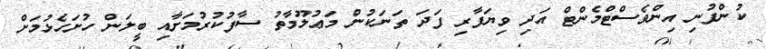
ކުންފުނި އިންވެސްޓްމެންޓް އަދި ވިޔަފާރި ފަދަ ތަނަކުން މަޢުލޫމާތު ސާފުކުރުމަށާއި ބީލަން ހުށަހެޅުމަށް